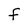
Character: F